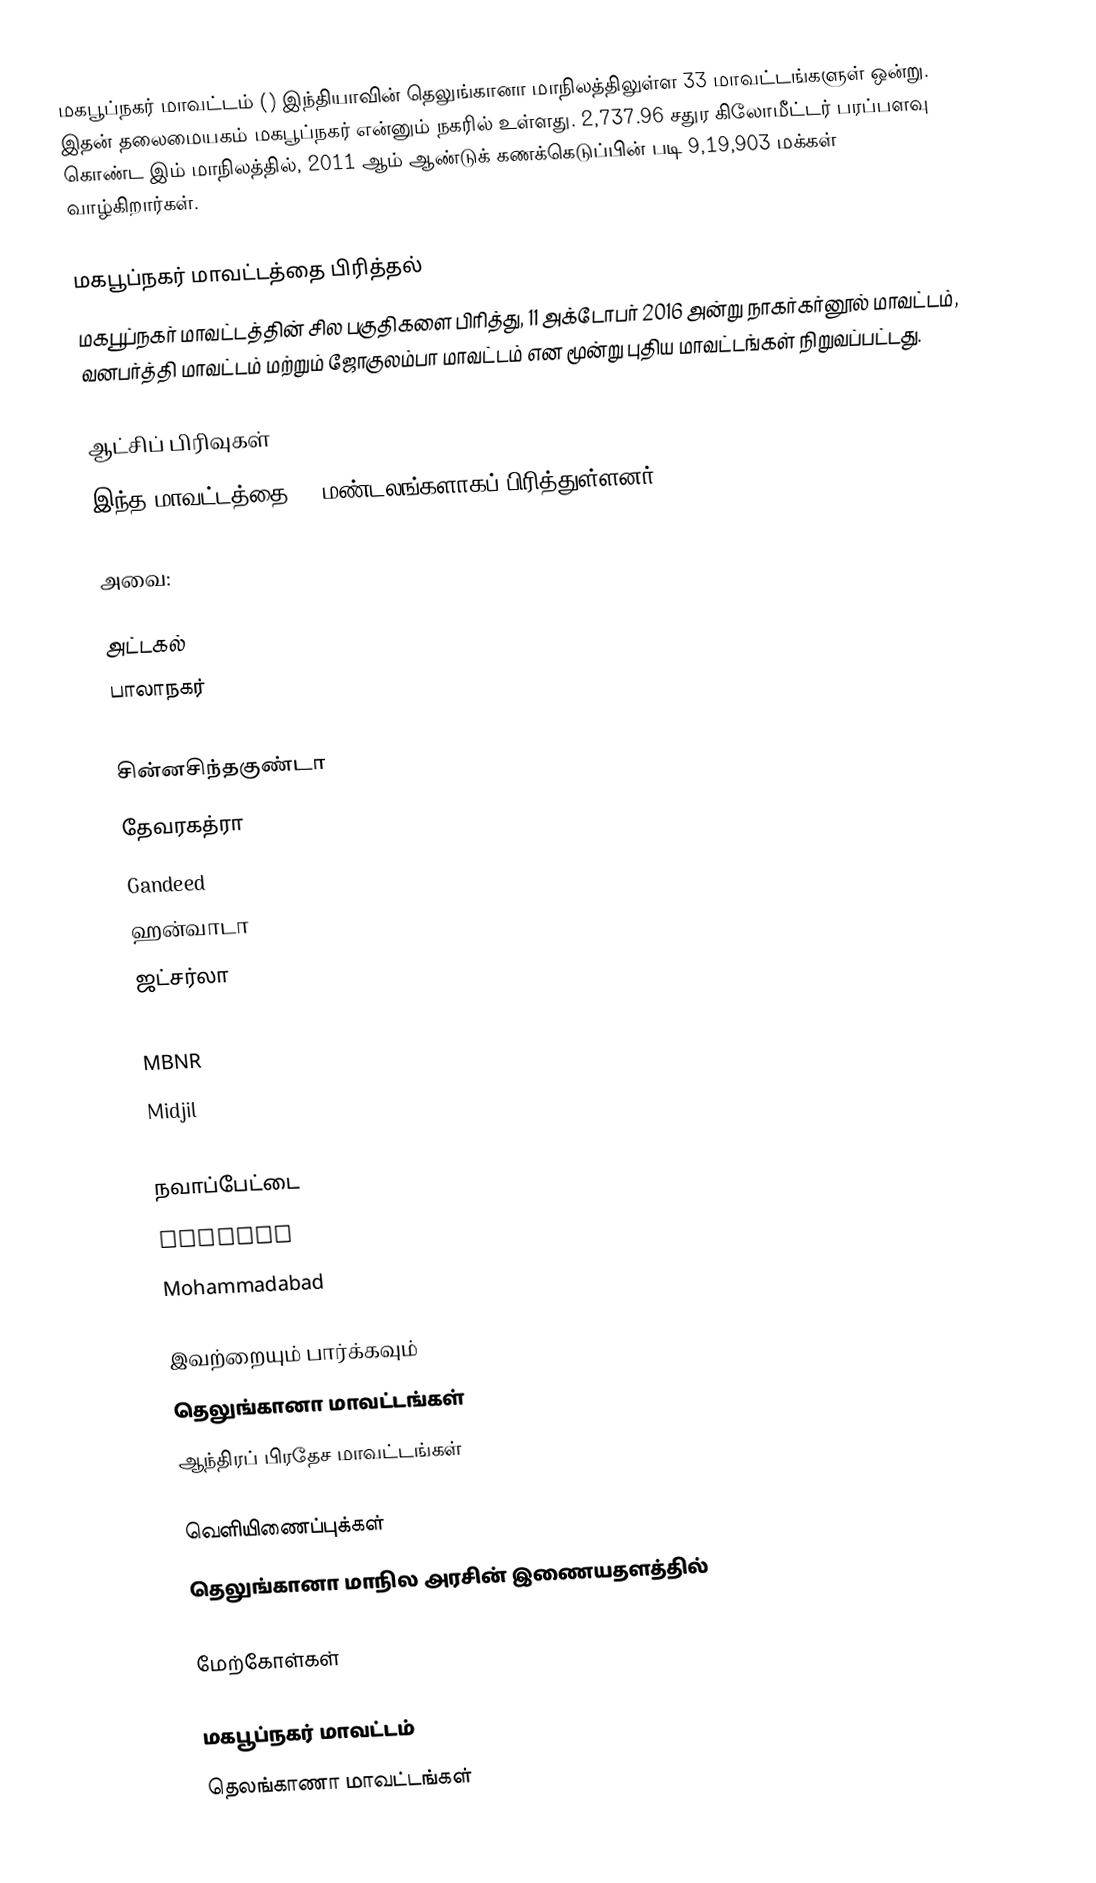
மகபூப்நகர் மாவட்டம் () இந்தியாவின் தெலுங்கானா மாநிலத்திலுள்ள 33 மாவட்டங்களுள் ஒன்று. இதன் தலைமையகம் மகபூப்நகர் என்னும் நகரில் உள்ளது. 2,737.96 சதுர கிலோமீட்டர் பரப்பளவு கொண்ட இம் மாநிலத்தில், 2011 ஆம் ஆண்டுக் கணக்கெடுப்பின் படி 9,19,903 மக்கள் வாழ்கிறார்கள்.

மகபூப்நகர் மாவட்டத்தை பிரித்தல்
மகபூப்நகர் மாவட்டத்தின் சில பகுதிகளை பிரித்து, 11 அக்டோபர் 2016 அன்று நாகர்கர்னூல் மாவட்டம்,  வனபர்த்தி மாவட்டம் மற்றும்  ஜோகுலம்பா மாவட்டம் என மூன்று புதிய மாவட்டங்கள் நிறுவப்பட்டது.

ஆட்சிப் பிரிவுகள்
இந்த மாவட்டத்தை 15 மண்டலங்களாகப் பிரித்துள்ளனர்.

அவை:

 அட்டகல்
 பாலாநகர்
 Bhoothpur
 சின்னசிந்தகுண்டா
 தேவரகத்ரா
 Gandeed
 ஹன்வாடா
 ஜட்சர்லா
 Koilkonda
 MBNR
 Midjil
 Moosapet
 நவாப்பேட்டை
 Rajapur
 Mohammadabad

இவற்றையும் பார்க்கவும்
 தெலுங்கானா மாவட்டங்கள்
 ஆந்திரப் பிரதேச மாவட்டங்கள்

வெளியிணைப்புக்கள்
 தெலுங்கானா மாநில அரசின் இணையதளத்தில்

மேற்கோள்கள்

மகபூப்நகர் மாவட்டம்
தெலங்காணா மாவட்டங்கள்